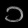
Digit: ၁